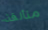
متألقة